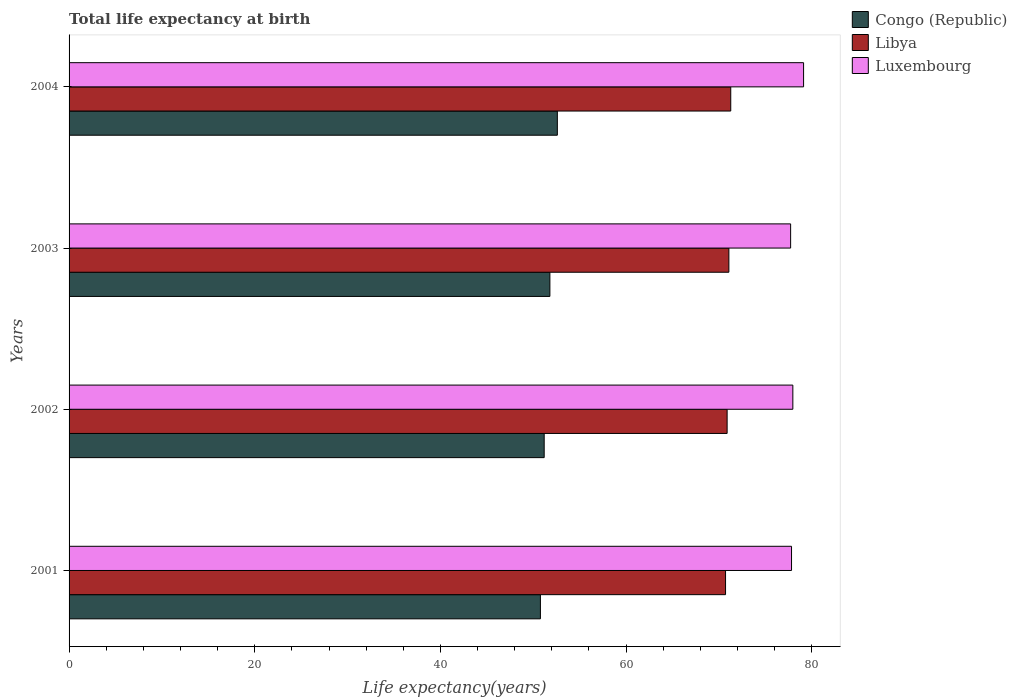
| Years | Congo (Republic) | Libya | Luxembourg |
 | --- | --- | --- | --- |
 | 2001 | 50.8 | 70.7 | 77.8 |
 | 2002 | 51.2 | 70.9 | 78 |
 | 2003 | 51.8 | 71.1 | 77.7 |
 | 2004 | 52.6 | 71.3 | 79.1 |